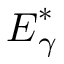
\boldsymbol { E } _ { \gamma } ^ { \ast }